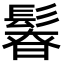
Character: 𩭻